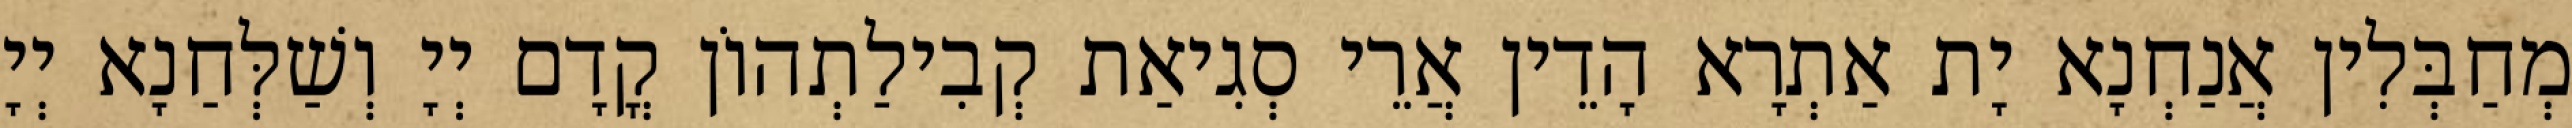
מְחַבְּלִין אֲנַחְנָא יָת אַתְרָא הָדֵין אֲרֵי סְגִיאַת קְבִילַתְהוֹן קֳדָם יְיָ וְשַׁלְּחַנָא יְיָ